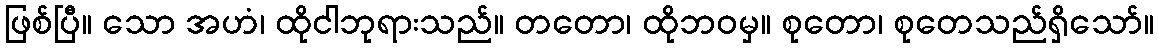
ဖြစ်ပြီ။ သော အဟံ၊ ထိုငါဘုရားသည်။ တတော၊ ထိုဘဝမှ။ စုတော၊ စုတေသည်ရှိသော်။